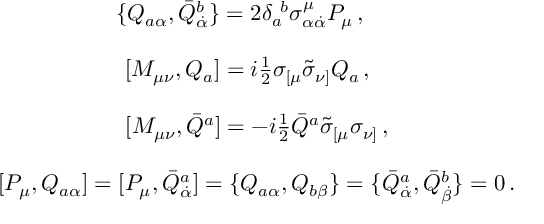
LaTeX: \begin{array} { c } { { \{ Q _ { a \alpha } , \bar { Q } _ { \dot { \alpha } } ^ { b } \} = 2 \delta _ { a } ^ { ~ b } \sigma _ { \alpha \dot { \alpha } } ^ { \mu } P _ { \mu } \, , ~ ~ ~ ~ } } \\ { { { } } } \\ { { { } [ M _ { \mu \nu } , Q _ { a } ] = i \textstyle { \frac { 1 } { 2 } } \sigma _ { [ \mu } \tilde { \sigma } _ { \nu ] } Q _ { a } \, , ~ ~ } } \\ { { { } } } \\ { { { } [ M _ { \mu \nu } , \bar { Q } ^ { a } ] = - i \textstyle { \frac { 1 } { 2 } } \bar { Q } ^ { a } \tilde { \sigma } _ { [ \mu } \sigma _ { \nu ] } \, , } } \\ { { { } } } \\ { { { } [ { P } _ { \mu } , Q _ { a \alpha } ] = [ P _ { \mu } , \bar { Q } _ { \dot { \alpha } } ^ { a } ] = \{ Q _ { a \alpha } , Q _ { b \beta } \} = \{ \bar { Q } _ { \dot { \alpha } } ^ { a } , \bar { Q } _ { \dot { \beta } } ^ { b } \} = 0 \, . } } \end{array}